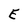
Character: E